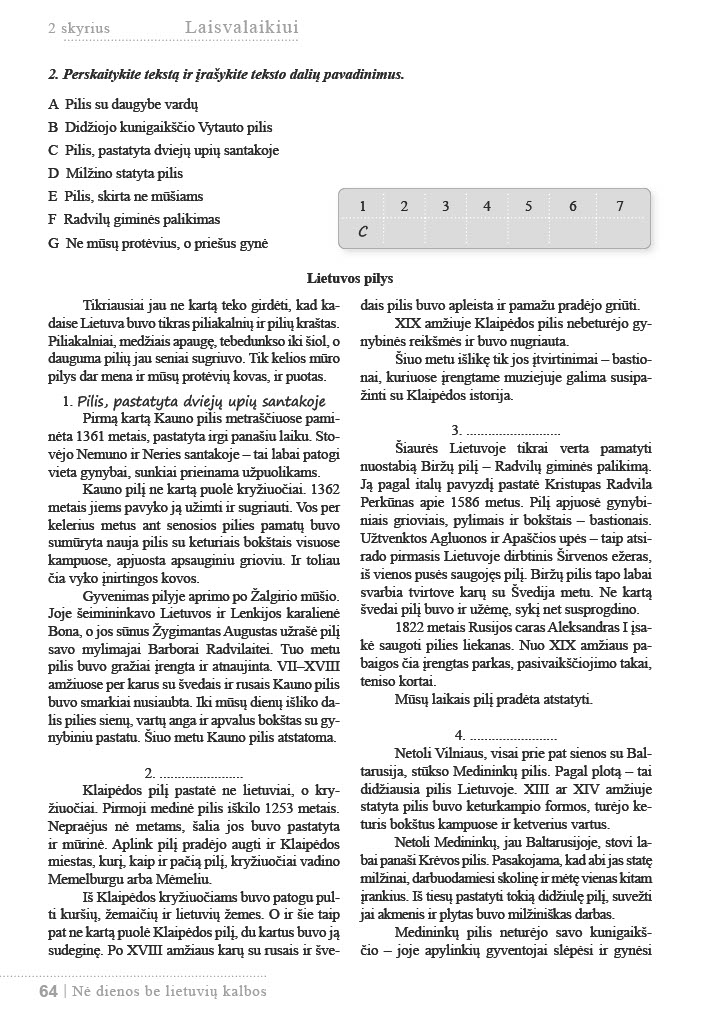
Language: lt